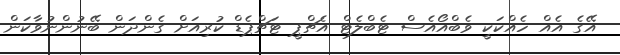
އޭގެ އެއް ހެއްކަކީ ވެބްއޯއެސް ޓެބްލެޓް އެޗްޕީ ޓަޗްޕެޑް ކުރިއަށް ގެންދަން ބޭނުންނުވާކަން